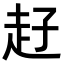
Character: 𧺙